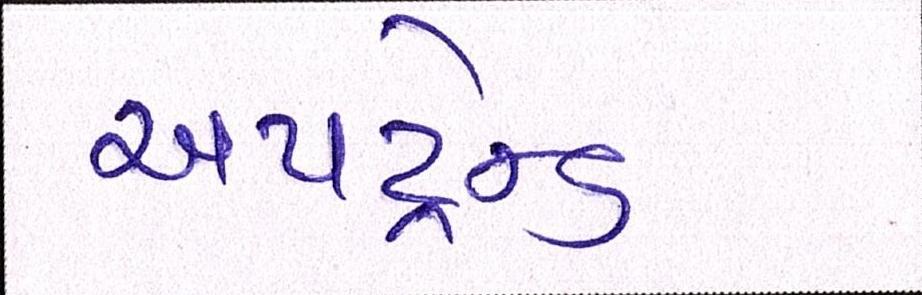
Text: અપટ્રેન્ડ